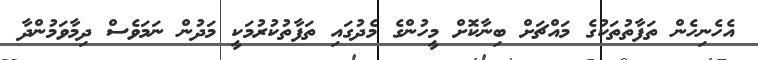
އެހެނިހެން ތަފާތުތަކުގެ މައްޗަށް ބިނާކޮށް މީހުންގެ މެދުގައި ތަފާތުކުރުމަކީ މަދުން ނަމަވެސް ދިމާވަމުންދާ